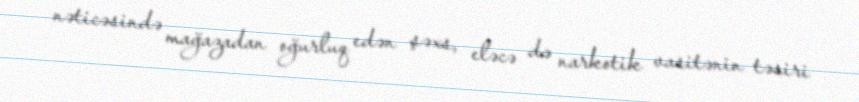
nəticəsində mağazadan oğurluq edən şəxs, eləcə də narkotik vasitənin təsiri